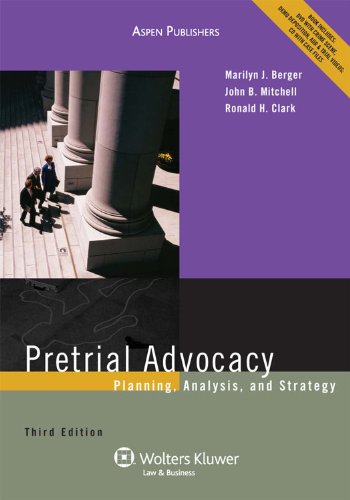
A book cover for Pretrial Advocacy: Planning, Analysis and Strategy, 3rd Edition; Marilyn J. Berger; Law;